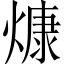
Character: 𤎖